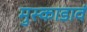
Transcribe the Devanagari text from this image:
मुस्काडावं